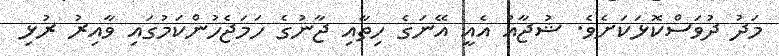
މަދު ދުވަސްކޮޅަކަށެވެ. ޝުޖާއު އެއީ އޭނަގެ ހިތާއި ޖާނުގެ ހަމަޖެހުންކަމުގައި ވާއިރު ރުޅި